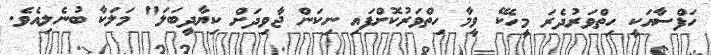
ހަފްސާއަކީ ހިތްވަރުދެރަ މީހެކޭ ވީމާ ހިތްވަރުކޮށްފައި ނިކަން ޖާވިދަށް ކިޔާދީބަލަ" މަލަކާ ބުނެލިއެވެ.